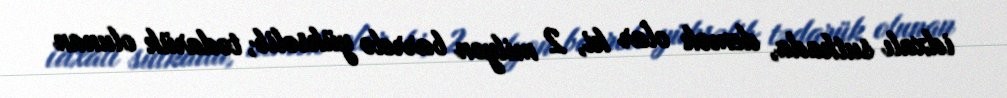
idxalı sutkada, demək olar ki, 2 milyon barrelə yüksəlib, tədarük olunan